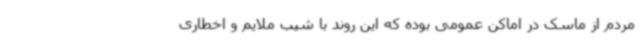
مردم از ماسک در اماکن عمومی بوده که این روند با شیب ملایم و اخطاری